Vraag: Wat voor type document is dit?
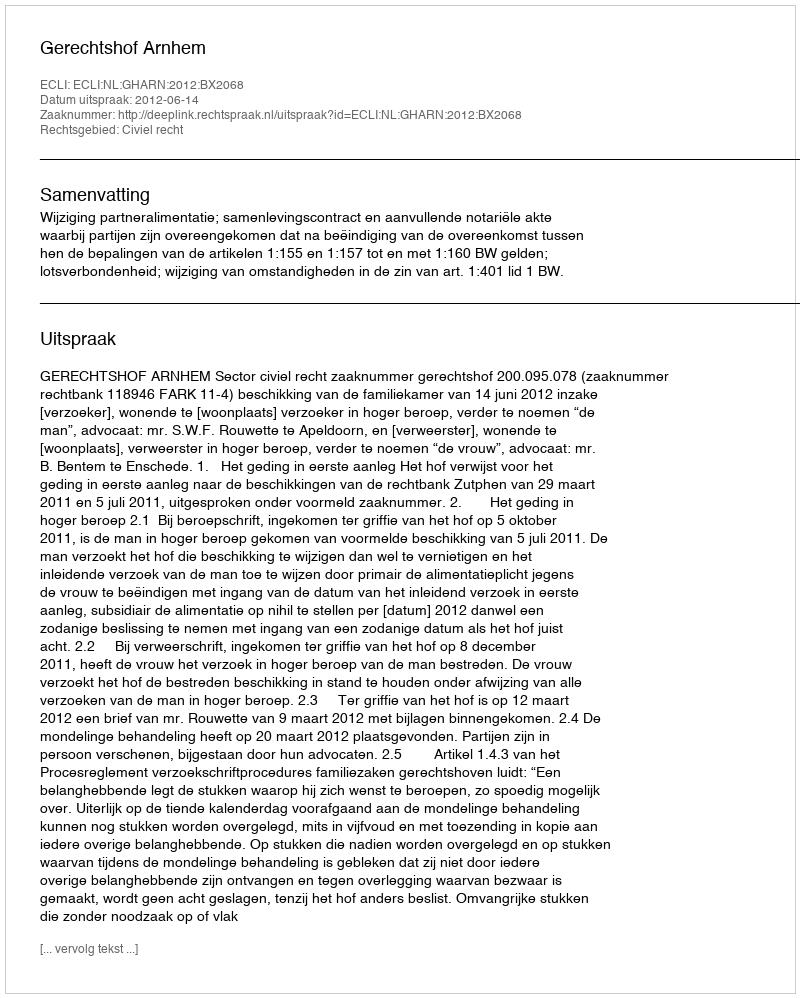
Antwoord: Uitspraak